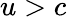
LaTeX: u>c